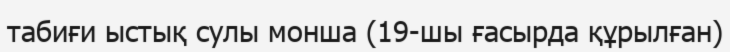
табиғи ыстық сулы монша (19-шы ғасырда құрылған)